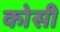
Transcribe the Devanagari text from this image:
काेसी